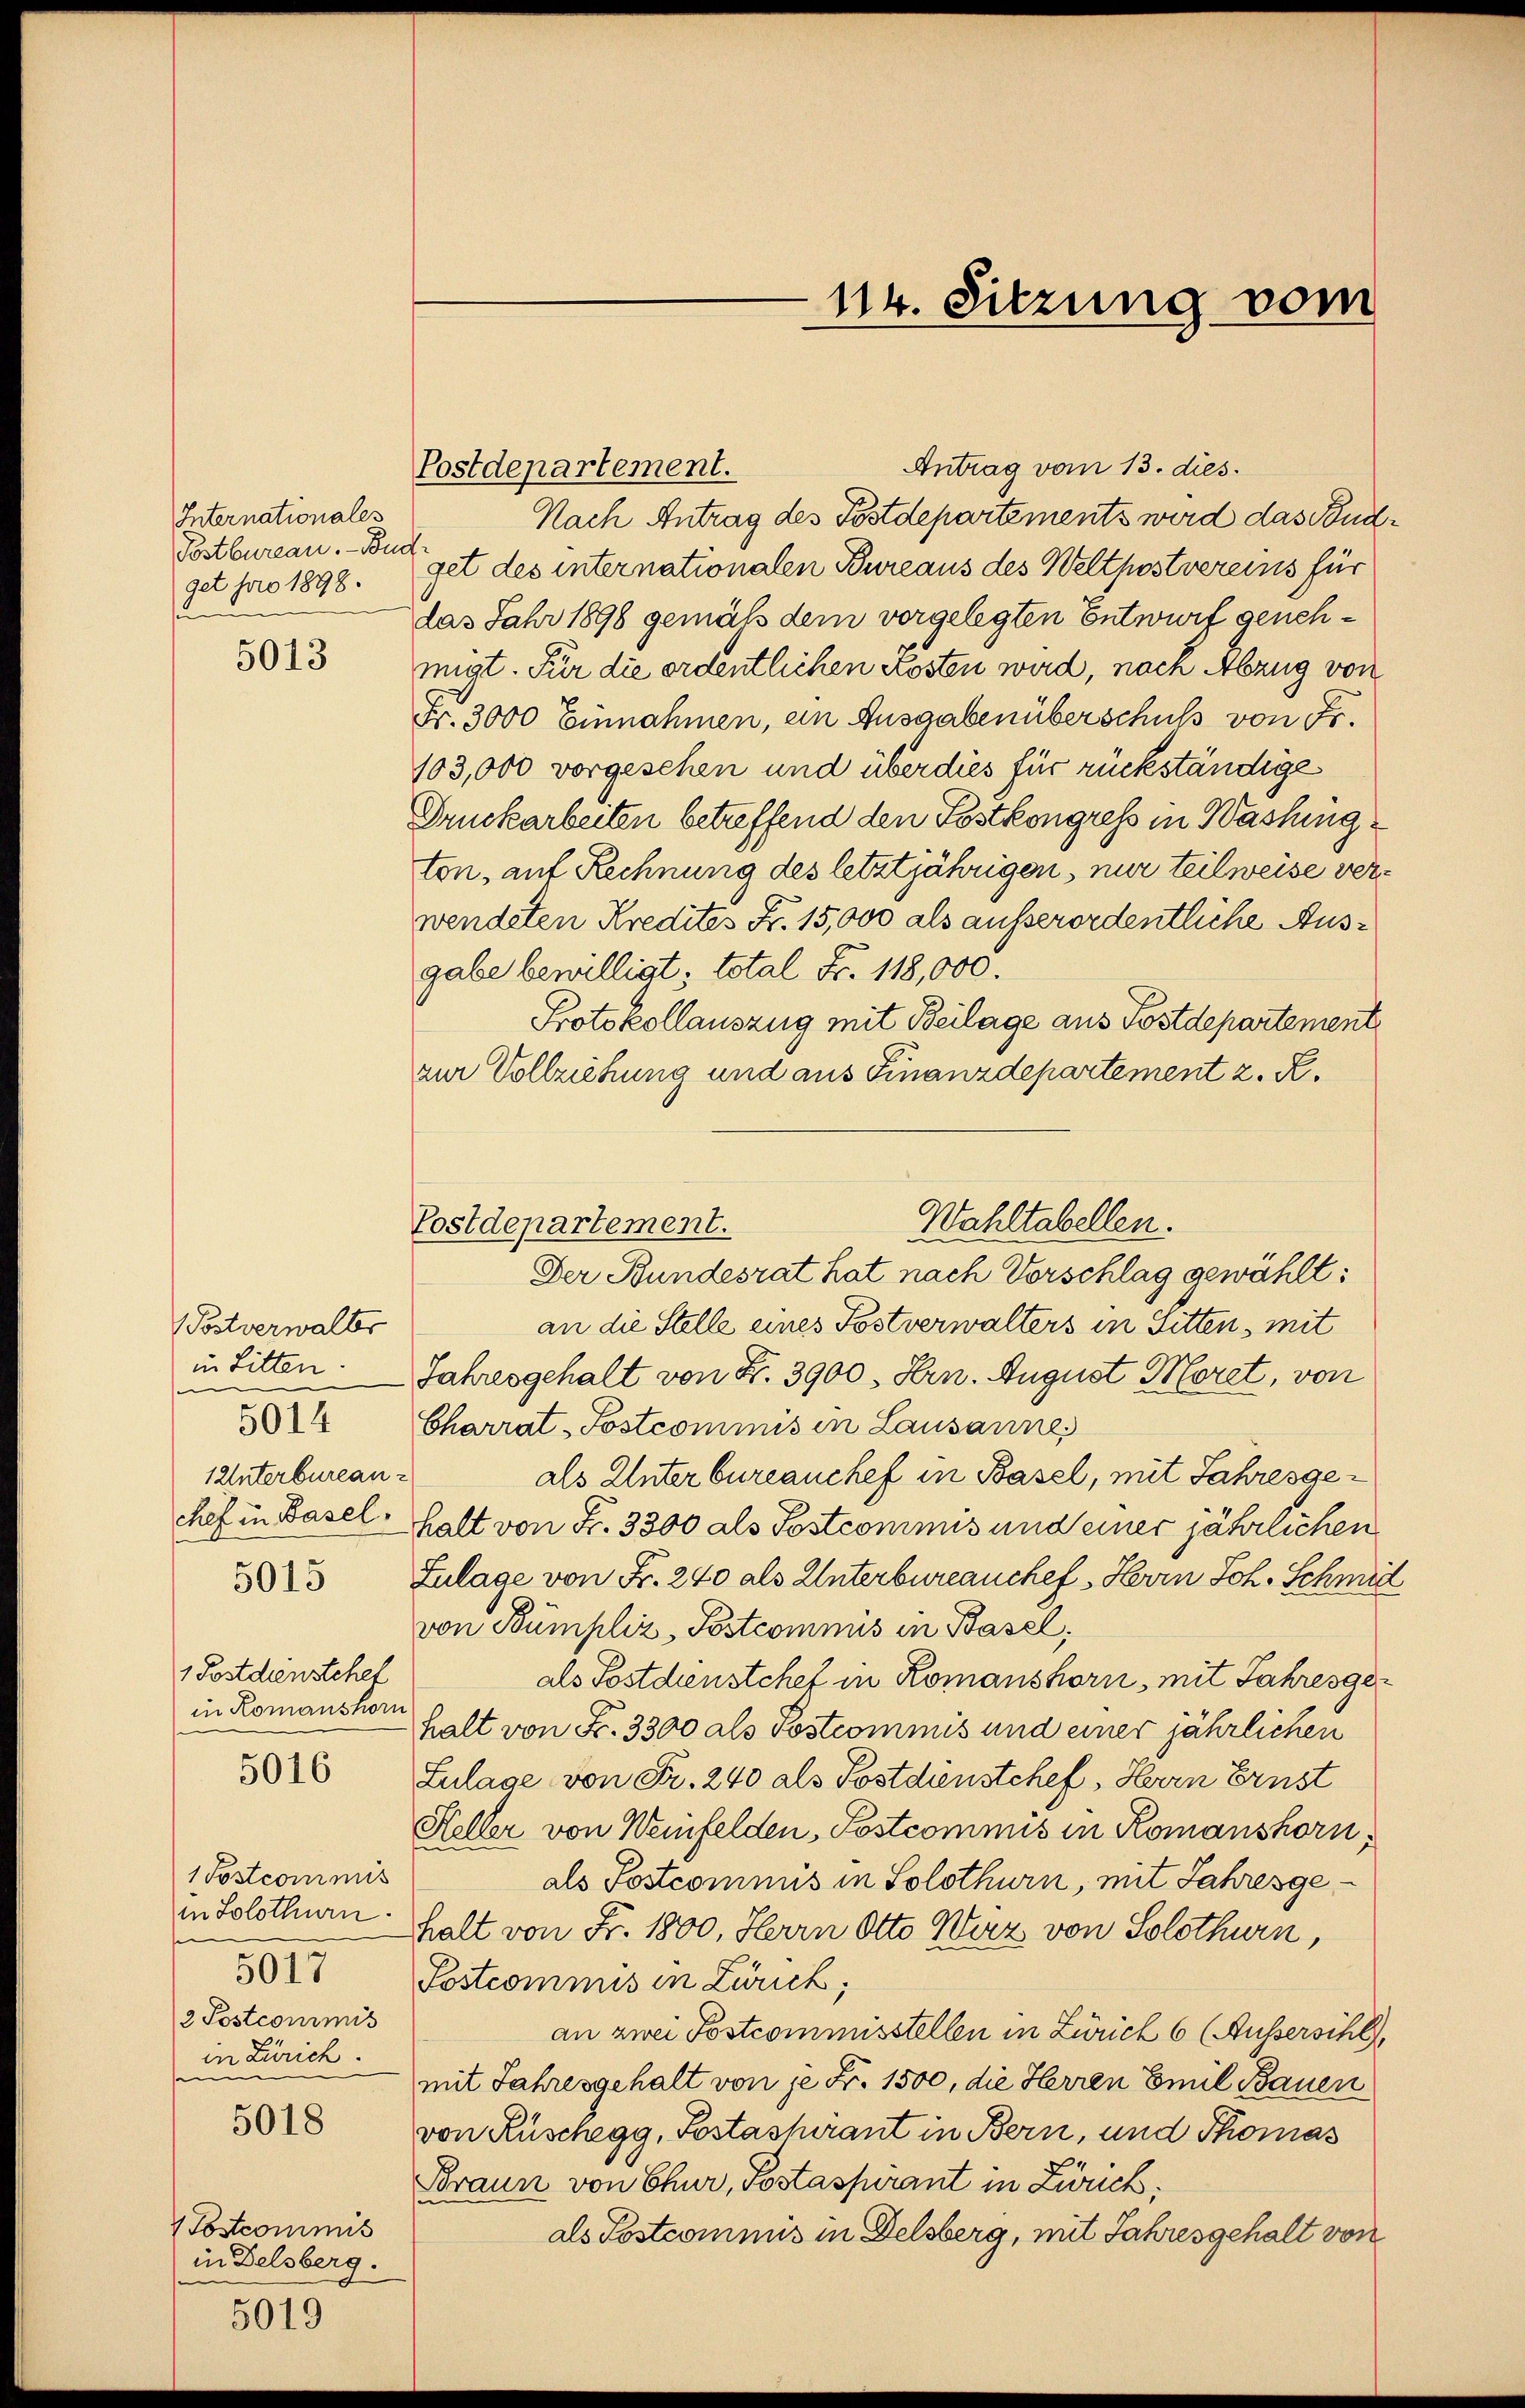
Internationales
Postbureau. Budget pro 1898.
an

5013

(Postverwalts
in Litten.
5014
1Unterbureau-
chef in Basel.
5015

1 Postdienstchef
in Romanshor

5016

1 Postcommis
in Solothurn.
e
5017
2 Postcommis
in Zürich.
seine
5018

Postcommis
in Delsberg.

5019

Postdepartement.

Postdepartement.

114. Sitzung vom

Antrag vom 13. dies
Nach Antrag des Postdepartements wird das Pendget des internationalen Bureaus des Weltpostvereins für
das Jahr 1898 gemäß dem vorgelegten Entwurf genehmigt. Für die ordentlichen Kosten wird, nach Abzug von
Fr. 3000 Einnahmen, ein Ausgaben überschuß von Fr.
103,000 vorgesehen und über dies für rückständige
Druckarbeiten betreffend den Postkongress in Washing
ton, auf Rechnung des letztjährigen, nur teilweise verwendeten Kredites Fr. 15,000 als außerordentliche Ausgabe bewilligt: total Fr. 118,000.
Protokollauszug mit Beilage aus Postdepartement
zur Vollziehung und aus Finanzdepartement z. R.
Der Bundesrat hat nach Vorschlag gewählt:
an die Stelle eines Postverwalters in Sitten, mit
Jahresgehalt von Fr. 3900. Hrn. August Moret, von
Charrat-Postcommis in Lausannes
als Unterbureauchef in Basel, mit Jahresgehalt von Fr. 3300 als Postcommis und einer jährlichen
Zulage von Fr. 240 als Unterbureauchef Herrn Joh. Schmid
von Bumpliz, Postcommis in Basel;
als Postdienstchef in Romanshorn, mit Jahresgehalt von Fr. 3300 als Postcommis und einer jährlichen
Lulage von Fr. 240 als Postdienstchef Herrn Ernst
Heller von Weinfelden, Postcommis in Romanshorn,
als Postcomnus in Solothurn, mit Jahresgehalt von Fr. 1800. Herrn Otto Wirz von Solothurn,
Postcommis in Zürich,
an zwei Postcommisstellen in Zürich 6 (Aussersihl,
mit Jahresgehalt von je Fr. 1500, die Herren Emil Bauen
von Rüschegg, Postaspirant in Bern, und Thomas
Braun von Chur, Postaspirant in Zürich,
als Postcommis in Delsberg, mit Jahresgehalt von

Wahltabellen.